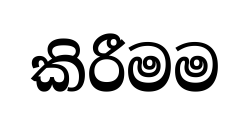
කිරීමම